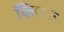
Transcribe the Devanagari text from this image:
किएफ